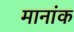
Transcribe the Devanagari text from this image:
मानांक